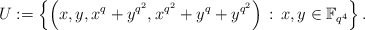
\begin{align*}U := \left\{\left(x,y,x^q+y^{q^2},x^{q^2}+y^q+y^{q^2}\right) \, : \, x,y \in \mathbb{F}_{q^4} \right\}.\end{align*}